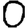
Digit: 0